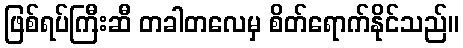
ဖြစ်ရပ်ကြီးဆီ တခါတလေမှ စိတ်ရောက်နိုင်သည်။